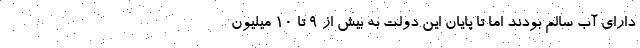
دارای آب سالم بودند اما تا پایان این دولت به بیش از ۹ تا ۱۰ میلیون